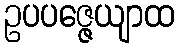
ဥပပဇ္ဇေယျာထ